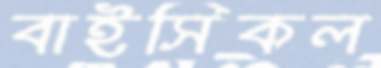
বাইসিকল